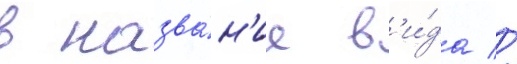
в назва́н'ие в'и́да //